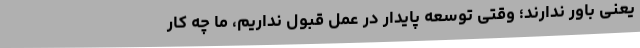
یعنی باور ندارند؛ وقتی توسعه پایدار در عمل قبول نداریم، ما چه کار